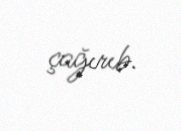
çağırıb.